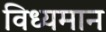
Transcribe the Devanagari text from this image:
विध्‍यमान